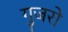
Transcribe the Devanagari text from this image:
गुजरो